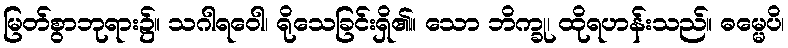
မြတ်စွာဘုရား၌။ သဂါရဝေါ၊ ရိုသေခြင်းရှိ၏။ သော ဘိက္ခု၊ ထိုရဟန်းသည်။ ဓမ္မေပိ၊